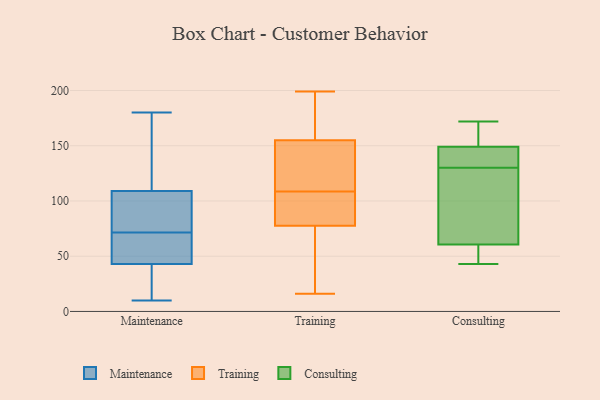
{"axis": {"x": "Tickets Resolved", "y": "Value"}, "legend": ["Consulting", "Maintenance", "Training"], "data": [{"x": "", "y": 11, "type": "Maintenance"}, {"x": "", "y": 150, "type": "Maintenance"}, {"x": "", "y": 43, "type": "Maintenance"}, {"x": "", "y": 56, "type": "Maintenance"}, {"x": "", "y": 162, "type": "Maintenance"}, {"x": "", "y": 81, "type": "Maintenance"}, {"x": "", "y": 62, "type": "Maintenance"}, {"x": "", "y": 84, "type": "Maintenance"}, {"x": "", "y": 109, "type": "Maintenance"}, {"x": "", "y": 180, "type": "Maintenance"}, {"x": "", "y": 10, "type": "Maintenance"}, {"x": "", "y": 89, "type": "Maintenance"}, {"x": "", "y": 13, "type": "Maintenance"}, {"x": "", "y": 60, "type": "Maintenance"}, {"x": "", "y": 196, "type": "Training"}, {"x": "", "y": 99, "type": "Training"}, {"x": "", "y": 129, "type": "Training"}, {"x": "", "y": 16, "type": "Training"}, {"x": "", "y": 199, "type": "Training"}, {"x": "", "y": 103, "type": "Training"}, {"x": "", "y": 78, "type": "Training"}, {"x": "", "y": 163, "type": "Training"}, {"x": "", "y": 77, "type": "Training"}, {"x": "", "y": 18, "type": "Training"}, {"x": "", "y": 114, "type": "Training"}, {"x": "", "y": 147, "type": "Training"}, {"x": "", "y": 57, "type": "Consulting"}, {"x": "", "y": 64, "type": "Consulting"}, {"x": "", "y": 147, "type": "Consulting"}, {"x": "", "y": 48, "type": "Consulting"}, {"x": "", "y": 124, "type": "Consulting"}, {"x": "", "y": 111, "type": "Consulting"}, {"x": "", "y": 43, "type": "Consulting"}, {"x": "", "y": 136, "type": "Consulting"}, {"x": "", "y": 172, "type": "Consulting"}, {"x": "", "y": 168, "type": "Consulting"}, {"x": "", "y": 151, "type": "Consulting"}, {"x": "", "y": 141, "type": "Consulting"}]}